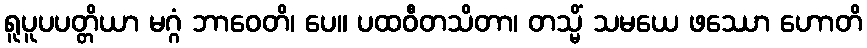
ရူပူပပတ္တိယာ မဂ္ဂံ ဘာဝေတိ၊ ပေ။ ပထဝီတသိတာ၊ တသ္မိံ သမယေ ဖဿော ဟောတိ